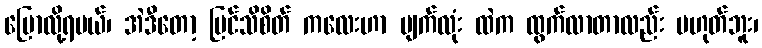
ပြောလို့ရမယ်၊ အဲဒီတော့ မြင်သိစိတ် ကလေးဟာ မျက်လုံး ထဲက ထွက်လာတာလည်း မဟုတ်ဘူး၊